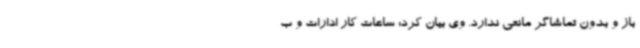
باز و بدون تماشاگر مانعی ندارد. وی بیان کرد: ساعات کار ادارات و ب